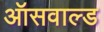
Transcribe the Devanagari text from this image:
ऑसवाल्ड